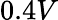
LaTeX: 0.4V